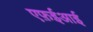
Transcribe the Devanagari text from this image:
एफ़ईआई